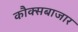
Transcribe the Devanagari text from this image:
कौक्सबाजार